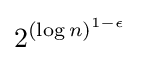
2^{(\log n)^{1-\epsilon }}